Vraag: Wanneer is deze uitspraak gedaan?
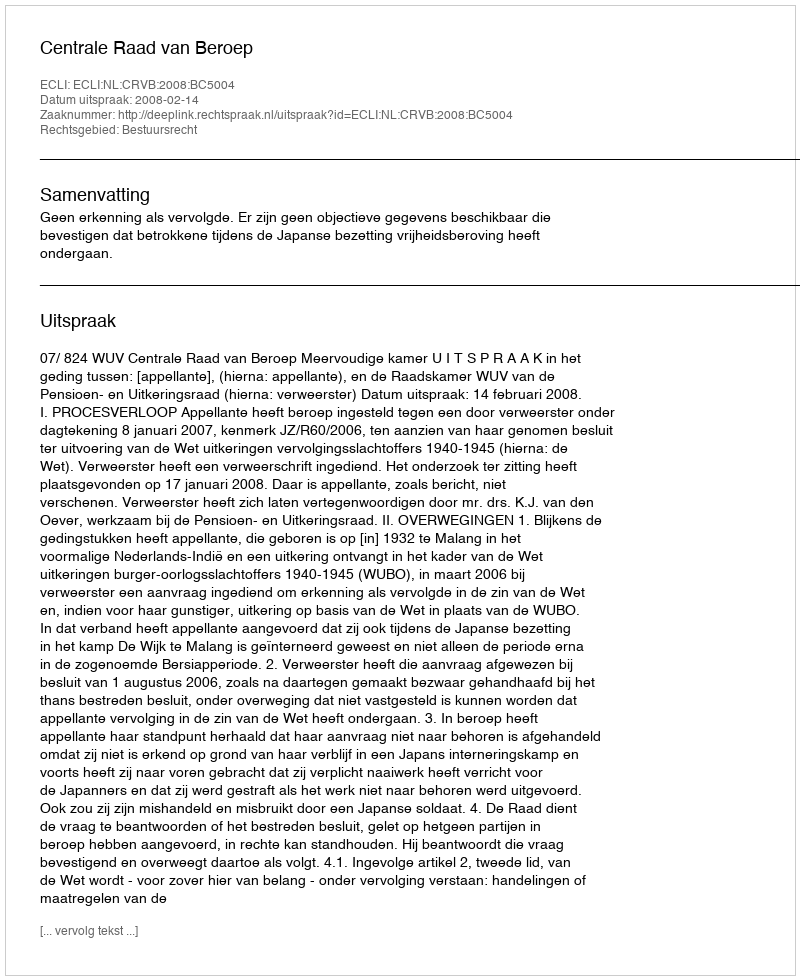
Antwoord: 2008-02-14